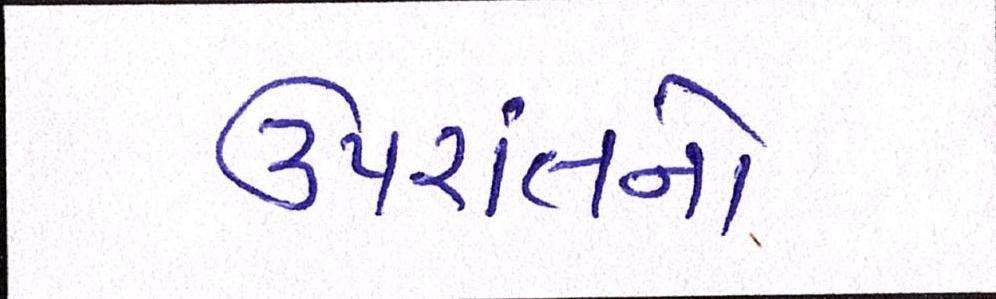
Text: ઉપરાંતનો